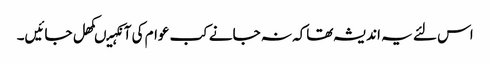
اس لئے یہ اندیشہ تھاکہ نہ جانے کب عوام کی آنکہیںکھل جائیں۔